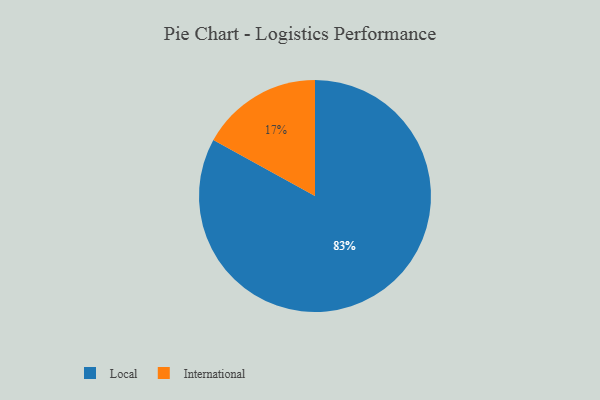
{"axis": {"x": "Category", "y": "Percentage"}, "legend": ["International", "Local"], "data": [{"x": "International", "y": 17, "type": "International"}, {"x": "Local", "y": 83, "type": "Local"}]}